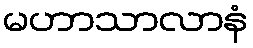
မဟာသာလာနံ